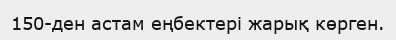
150-ден астам еңбектері жарық көрген.